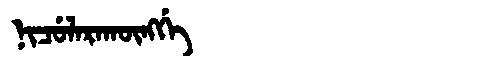
Manchu: ᠨᡳᠴᡠᠯᠠᡵᠠᡴᡡᠩᡤᡝ
Romanization: NICULARAKŪNGGE